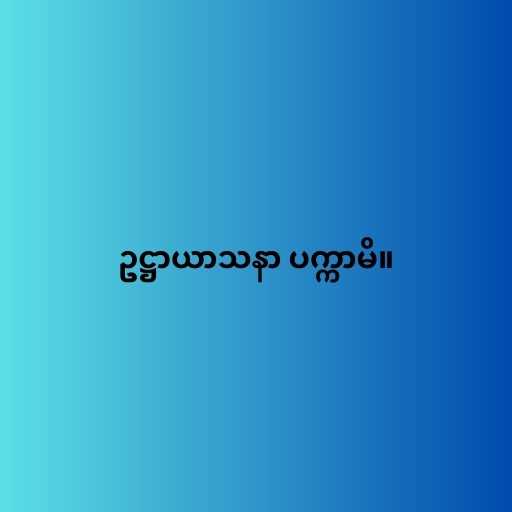
ဥဋ္ဌာယာသနာ ပက္ကာမိ။